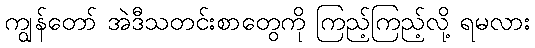
ကျွန်တော် အဲဒီသတင်းစာတွေကို ကြည့်ကြည့်လို့ ရမလား